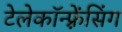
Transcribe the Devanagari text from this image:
टेलेकॉन्फ़्रेंसिंग